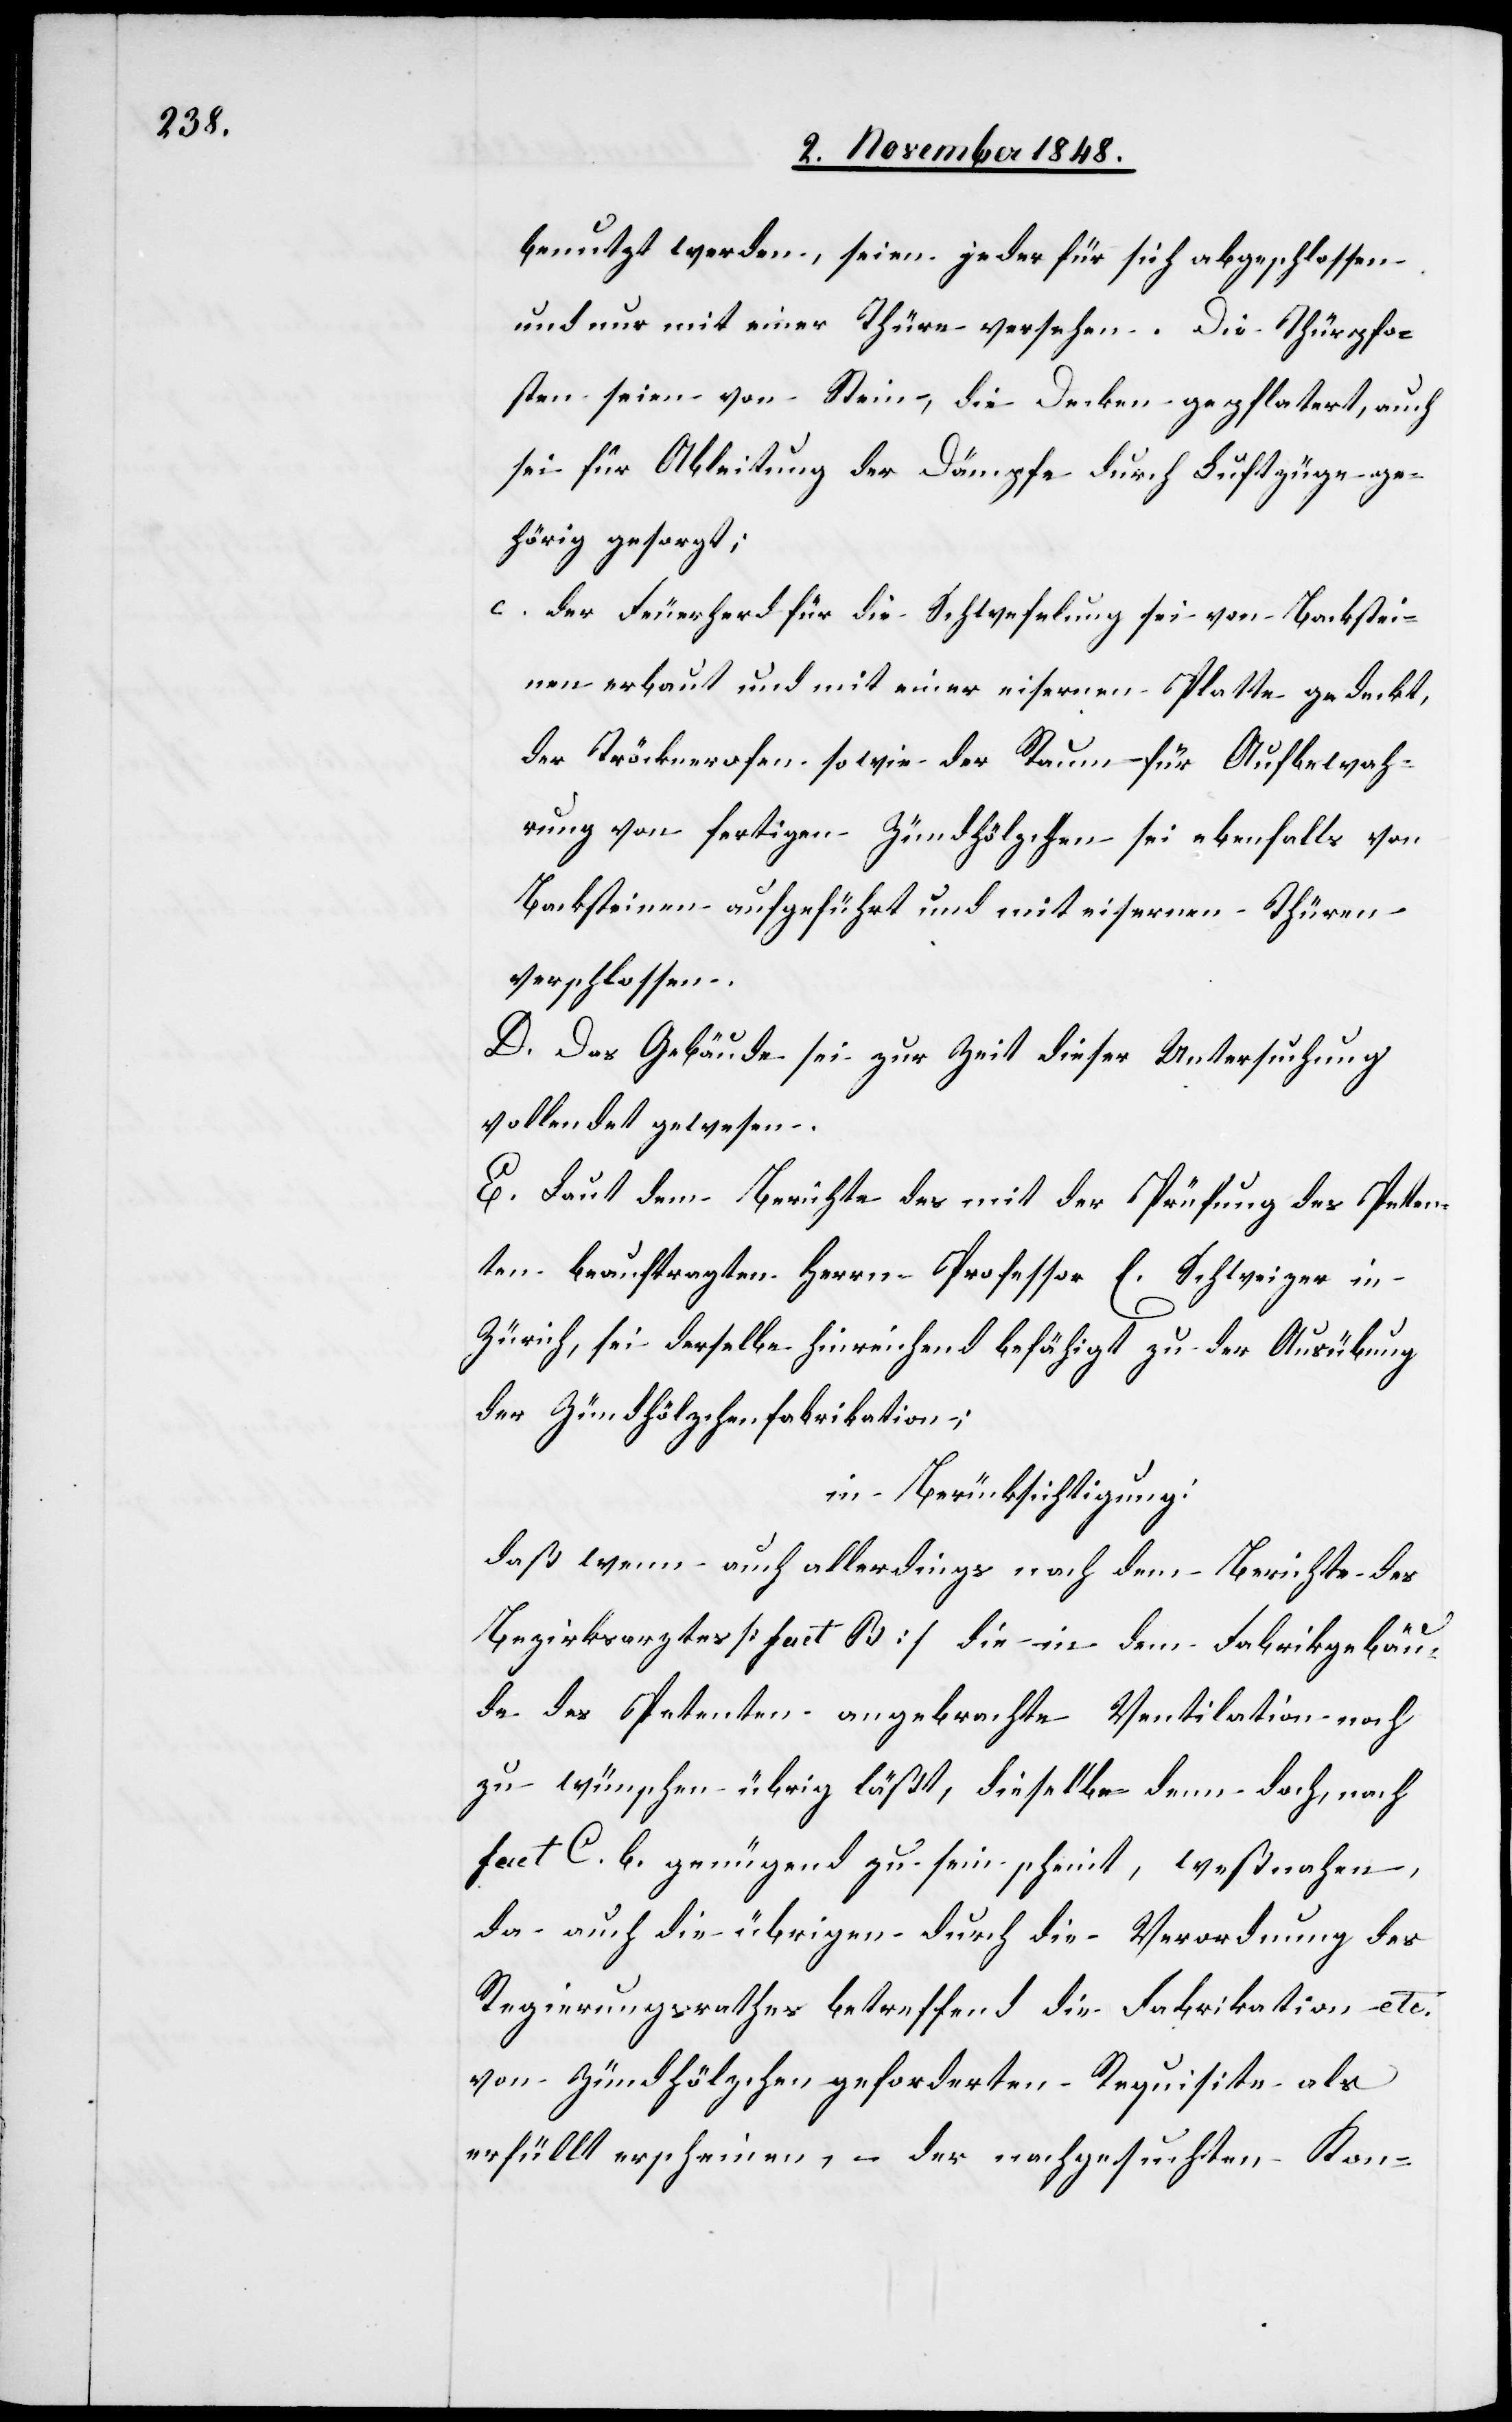
benutzt werden, seien jeder für sich abgeschlossen
und nur mit einer Thüre versehen. Die Thürpfo¬
sten seien von Stein, die Decken gepflastert, auch
sei für Ableitung der Dämpfe durch Luftzüge ge¬
hörig gesorgt:
c. der Feuerherd für die Schwefelung sei von Backstei¬
nen erbaut und mit einer eisernen Platte gedeckt,
der Tröcknerofen sowie der Raum für Aufbewah¬
rung von fertigen Zündhölzchen sei ebenfalls von
Backsteinen aufgeführt und mit eisernen Thüren
verschlossen.
D. Das Gebäude sei zur Zeit dieser Untersuchung
vollendet gewesen.
E. Laut dem Berichte des mit der Prüfung des Peten¬
ten beauftragten Herrn Professor E. Schweizer in
Zürich, sei derselbe hinreichend befähigt zu der Ausübung
der Zündhölzchenfabrikation;
in Berücksichtigung:
daß wenn auch allerdings nach dem Berichte des
Bezirksarztes [fact. B] die in dem Fabrikgebäu¬
de des Petenten angebrachte Ventilation noch
zu wünschen übrig läßt, dieselbe denn doch, nach
fact. C. b. genügend zu sein scheint, weßnahen,
da auch die übrigen durch die Verordnung des
Regierungsrathes betreffend die Fabrikation etc.
von Zündhölzchen geforderten Requisite als
erfüllt erscheinen, – der nachgesuchten Kon-